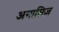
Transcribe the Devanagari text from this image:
अगासिज़